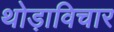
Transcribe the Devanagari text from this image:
थोड़ाविचार